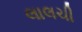
લાલચી